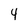
Character: 4